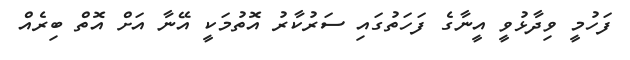
ފަހުމީ ވިދާޅުވީ އީނާގެ ފަހަތުގައި ސަރުކާރު އޮތުމަކީ އޭނާ އަށް އޮތް ބިރެއް